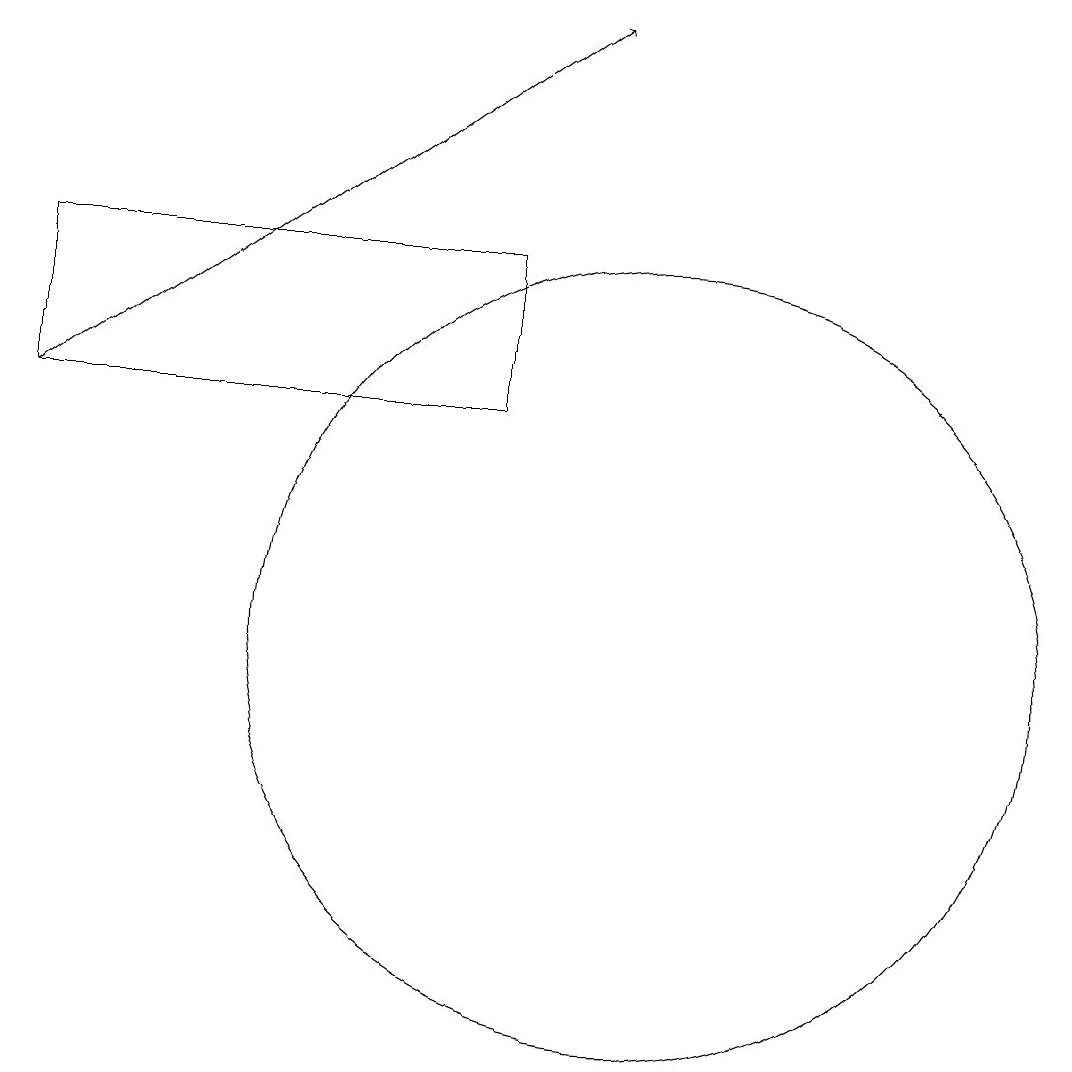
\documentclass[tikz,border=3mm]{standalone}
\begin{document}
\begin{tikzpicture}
\draw (8,14) rectangle (2,16);
\draw (10,11) circle (5);
\draw[->] (2,14) -- (9,19);
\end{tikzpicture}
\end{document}